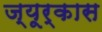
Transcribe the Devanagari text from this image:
ज्यूर्कास